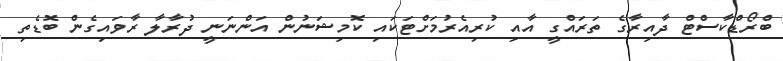
ބްރޯޑްކާސްޓް ދާއިރާގެ ތަރައްގީ އާއި ކުރިއެރުމަށްޓަކައި ކޮމިޝަނުން އަންނަނީ ދުރާލާ ރާވައިގެން ބޮޑެތި